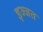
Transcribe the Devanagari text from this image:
इज्‍जत